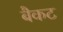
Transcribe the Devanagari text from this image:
बैकट